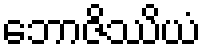
ဘောဇိဿိယံ